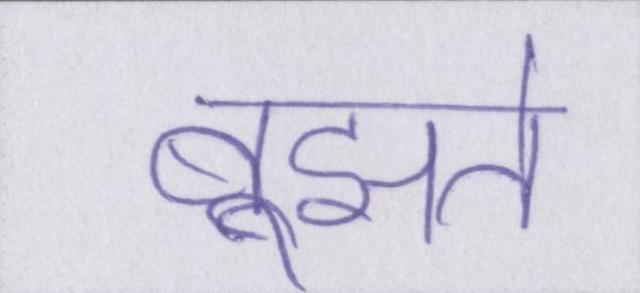
बूझते